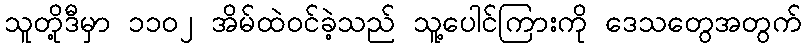
သူတို့ဒီမှာ ၁၁၀၂ အိမ်ထဲဝင်ခဲ့သည် သူ့ပေါင်ကြားကို ဒေသတွေအတွက်